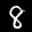
Label: 8